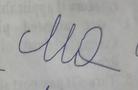
Signature authenticity: forged